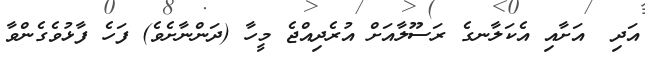
އަދި  އަށާއި އެކަލާނގެ ރަސޫލާއަށް އުރެދިއްޖެ މީހާ (ދަންނާށެވެ) ފަހެ ފާޅުވެގެންވާ